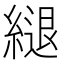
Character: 𦄁